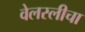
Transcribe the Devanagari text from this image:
वेलस्लीचा